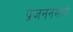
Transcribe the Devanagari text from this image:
प्रजननमध्ये